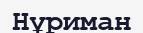
Нұриман